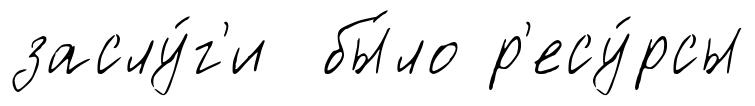
заслу́г'и бы́ло р'есу́рсы